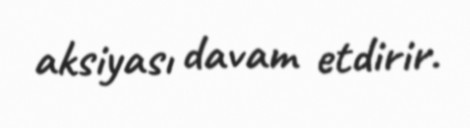
aksiyası davam etdirir.